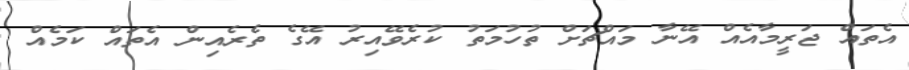
އެތައް ޖަރީމާއެއް އޭނާ މައްޗަށް ތުހުމަތު ކުރެވޭއިރު އޭގެ ތެރެއިން އެތައް ކަމެއް